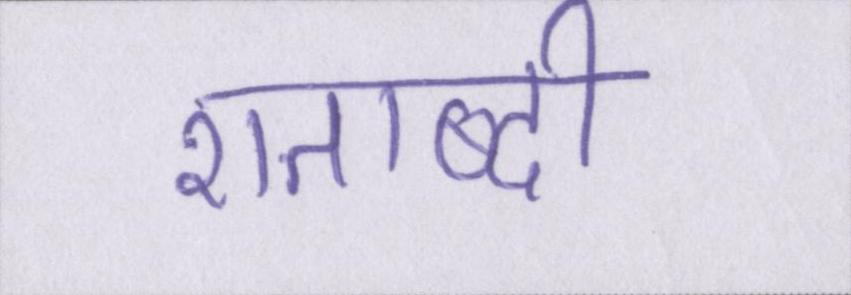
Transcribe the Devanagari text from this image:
शताब्दी